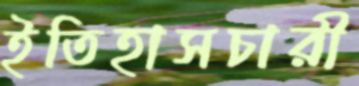
ইতিহাসচারী